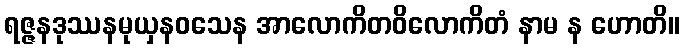
ရဇ္ဇနဒုဿနမုယှနဝသေန အာလောကိတဝိလောကိတံ နာမ န ဟောတိ။